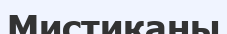
Мистиканы